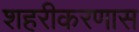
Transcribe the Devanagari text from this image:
शहरीकरणास